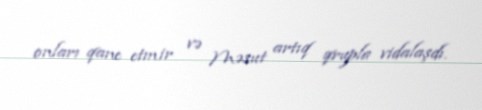
onları qane etmir və Məsut artıq qrupla vidalaşdı.